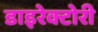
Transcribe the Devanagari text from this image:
डाइरेक्टोरी